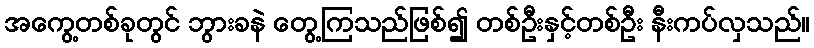
အကွေ့တစ်ခုတွင် ဘွားခနဲ တွေ့ကြသည်ဖြစ်၍ တစ်ဦးနှင့်တစ်ဦး နီးကပ်လှသည်။